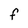
Character: F